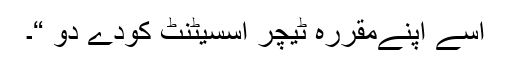
اسے اپنےمقررہ ٹیچر اسسیٹنٹ کودے دو “۔